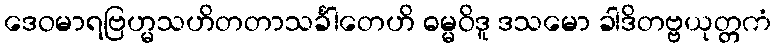
ဒေဝမာရဗြဟ္မသဟိတတာသင်္ခါတေဟိ ဓမ္မဝိဒူ ဒသမော ခါဒိတဗ္ဗယုတ္တကံ